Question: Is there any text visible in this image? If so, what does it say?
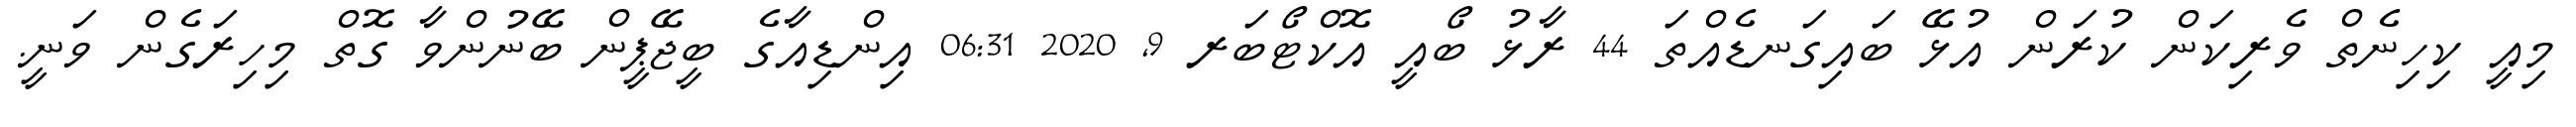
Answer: މިއީ ކިހިނެތް ވެރިކަން ކުރަން އުޅޭ ބައިގަނޑެއްތަ 44 ރާޅު ބޯއީ އޮކްޓޯބަރ 9, 2020 06:31 އިންޑިއާގެ ބީޖޭޕީން ބޭނުންވާ ގޮތް މިހިރަގެން ވަނީ.